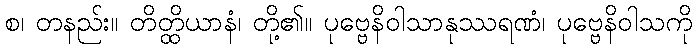
စ၊ တနည်း။ တိတ္ထိယာနံ၊ တို့၏။ ပုဗ္ဗေနိဝါသာနုဿရဏံ၊ ပုဗ္ဗေနိဝါသကို